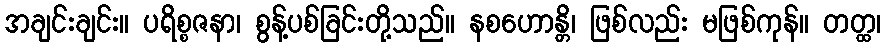
အချင်းချင်း။ ပရိစ္စဇနာ၊ စွန့်ပစ်ခြင်းတို့သည်။ နစဟောန္တိ၊ ဖြစ်လည်း မဖြစ်ကုန်။ တတ္ထ၊